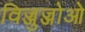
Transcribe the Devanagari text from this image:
विज्जुज्जोओ